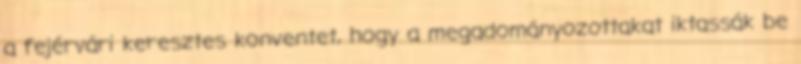
a fejérvári keresztes konventet, hogy a megadományozottakat iktassák be